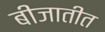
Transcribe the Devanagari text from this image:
बीजातीत